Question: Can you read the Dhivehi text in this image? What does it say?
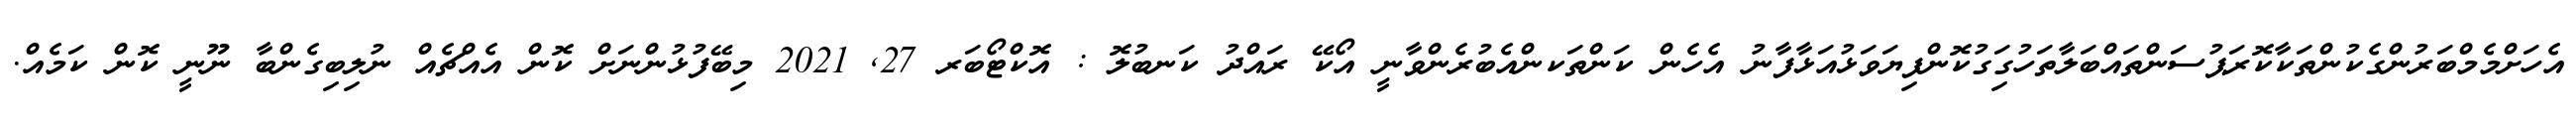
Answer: އެހަށްމެމްބަރުންގެކުންތަކާކޮރަޕުސަންތައްބަލާތަހުގަިގުކޮންފިޔަވަޅުއަޅާފާނު އެހެން ކަންތަކންއެބުރެންވާނީ އޯކޭ ރައްދު ކަނބުލޮ : އޮކްޓޯބަރ 27, 2021 މިބޭފުޅުންނަށް ކޮން އެއްޗެއް ނުލިބިގެންބާ ނޫނީ ކޮން ކަމެއް.